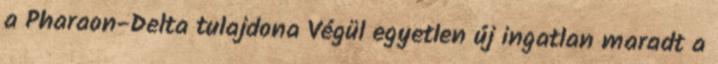
a Pharaon-Delta tulajdona Végül egyetlen új ingatlan maradt a